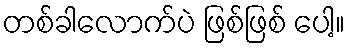
တစ်ခါလောက်ပဲ ဖြစ်ဖြစ် ပေါ့။